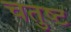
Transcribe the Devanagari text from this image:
चतुष्‍ट